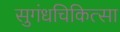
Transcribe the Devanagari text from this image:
सुगंधचिकित्सा